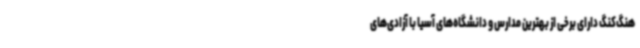
هنگ‌کنگ دارای برخی از بهترین مدارس و دانشگاه‌های آسیا با آزادی‌های